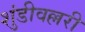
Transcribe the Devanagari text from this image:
शुंडीवल्लरी